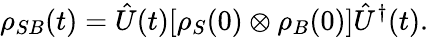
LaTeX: \rho_{SB}(t)={\hat{U}}(t)[\rho_{S}(0)\otimes\rho_{B}(0)]{\hat{U}}^{\dagger}(t).